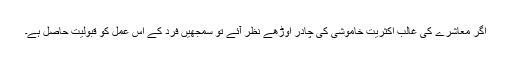
اگر معاشرے کی غالب اکثریت خاموشی کی چادر اوڑھے نظر آئے تو سمجھیں فرد کے اُس عمل کو قبولیت حاصل ہے۔